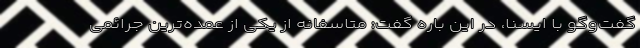
گفت‌وگو با ایسنا، در این باره گفت: متاسفانه از یکی از عمده‌ترین جرائمی